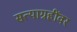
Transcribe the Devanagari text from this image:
सत्याग्रहींवर